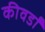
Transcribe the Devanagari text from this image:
कीवर्डों